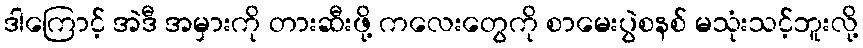
ဒါကြောင့် အဲဒီ အမှားကို တားဆီးဖို့ ကလေးတွေကို စာမေးပွဲစနစ် မသုံးသင့်ဘူးလို့